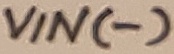
Text: VIN(-)